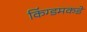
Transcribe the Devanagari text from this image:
किंग्डमकडे